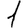
Digit: 1